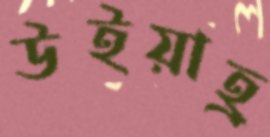
উইয়াহ্র